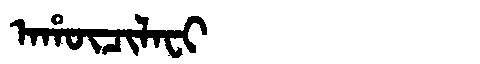
Manchu: ᠠᡥᡡᠴᡳᠯᠠᠸᡳ
Romanization: AHŪCILAFI